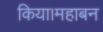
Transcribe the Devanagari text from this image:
किया।महाबन